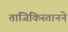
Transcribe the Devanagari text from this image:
ताजिकिस्तानने